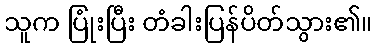
သူက ပြုံးပြီး တံခါးပြန်ပိတ်သွား၏။